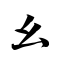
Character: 幺